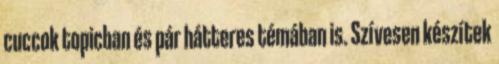
cuccok topicban és pár hátteres témában is. Szívesen készítek